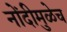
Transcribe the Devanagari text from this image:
नोंदीमुळेच